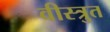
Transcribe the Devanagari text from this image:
वीस्त्रुत